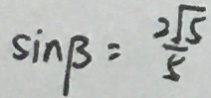
\sin B = \frac { 2 \sqrt { 5 } } { 5 }